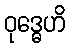
ဝုဒ္ဓေဟိ